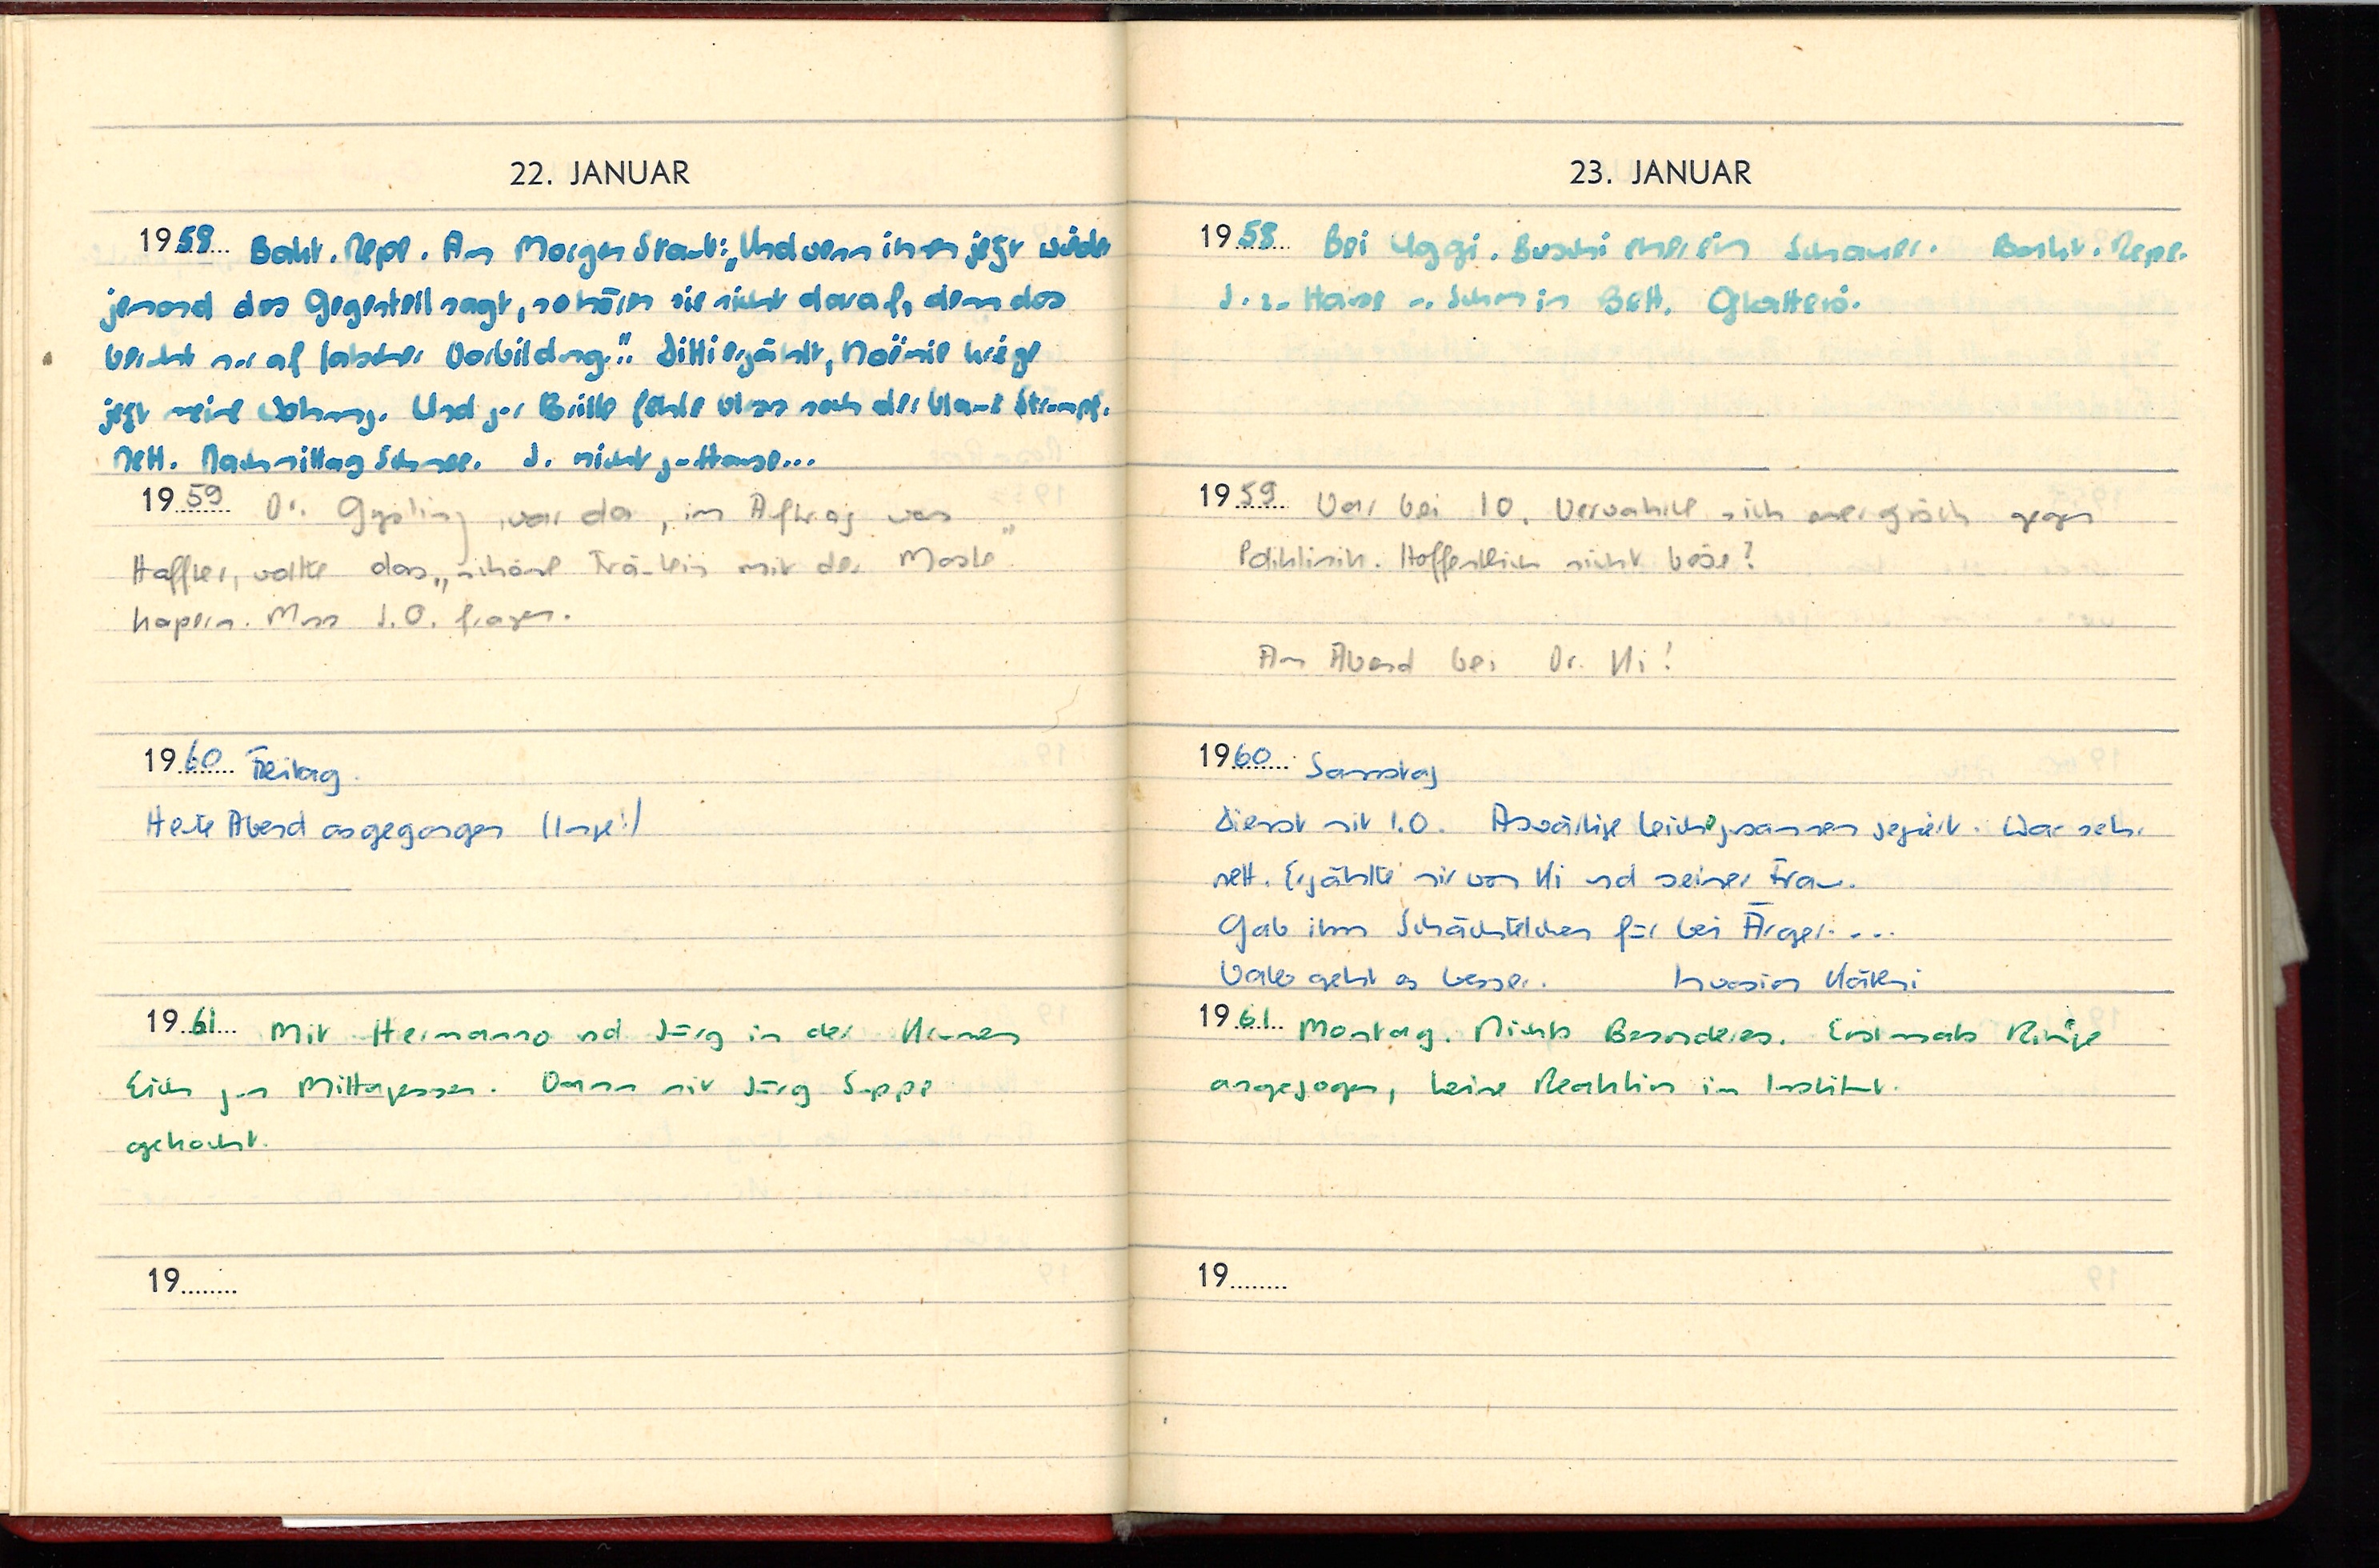
22. JANUAR
1958 Bakt. Pepe. Am Morgen Staub: „Und wenn ihnen jetzt wieder
jemand das Gegenteil sagt, so hören sie nicht drauf, denn das
beruht nur auf falscher Vorbildung... Ditti erzählt, Noëmie kriege
jetzt meine Wohnung. Und zur Brille fehle bloss noch der blaue Strumpd.
Nett. Nachmittag Schnee. J. nicht zu Hause ...
1959 Dr. Gysling war da, im Auftrag von
Haffler, wollte das „schöne Fräulein mit der Maske“
kapern. Muss I.O. fragen.
1960 Freitag.
Heute Abend ausgegangen (lange!)
1961 Mit Hermanns und Jürg in der Krummen
Eich zum Mittagessen. Dann mit Jürg Suppe
gekocht.
19

23. JANUAR
1958 Bei Uggi. Buschi meien schauen. Bakt. Pepe.
J. zu Hause -. Schon im Bett. Glatterö.
1959 War bei I.O. Verwahrte sich energisch gegen
Poliklinik. Hoffentlich nicht böse?
Am Abend bei Dr. Ki!
1960 Samstag
Dienst mit I.O.  Auswärtige Leiche zusammen seziert. War sehr
nett. Erzählte mir von Ki und seiner Frau.
Gab ihm Schächtelchen für bei Ärger...
Vater geht es besser.
Invasion Käthi.
1961 Montag. Nichts Besonderes. Erstmals Ringe
angezogen, keine Reaktion im Institut.
19